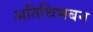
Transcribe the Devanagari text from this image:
अतिथिभबन